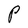
Character: P